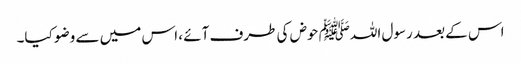
اس کے بعد رسول اللہﷺ حوض کی طرف آئے ، اس میں سے وضو کیا۔